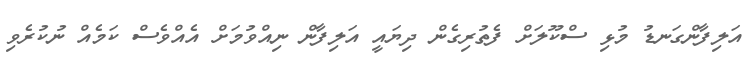
އަލިފާންގަނޑު މުޅި ސްކޫލަށް ފެތުރިގެން ދިޔައީ އަލިފާން ނިއްވުމަށް އެއްވެސް ކަމެއް ނުކުރެވި